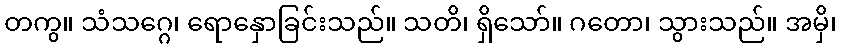
တကွ။ သံသဂ္ဂေ၊ ရောနှောခြင်းသည်။ သတိ၊ ရှိသော်။ ဂတော၊ သွားသည်။ အမှိ၊